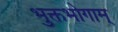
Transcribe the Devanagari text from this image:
भुक्तभोगाम्‌